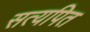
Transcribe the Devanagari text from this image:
सत्यपित